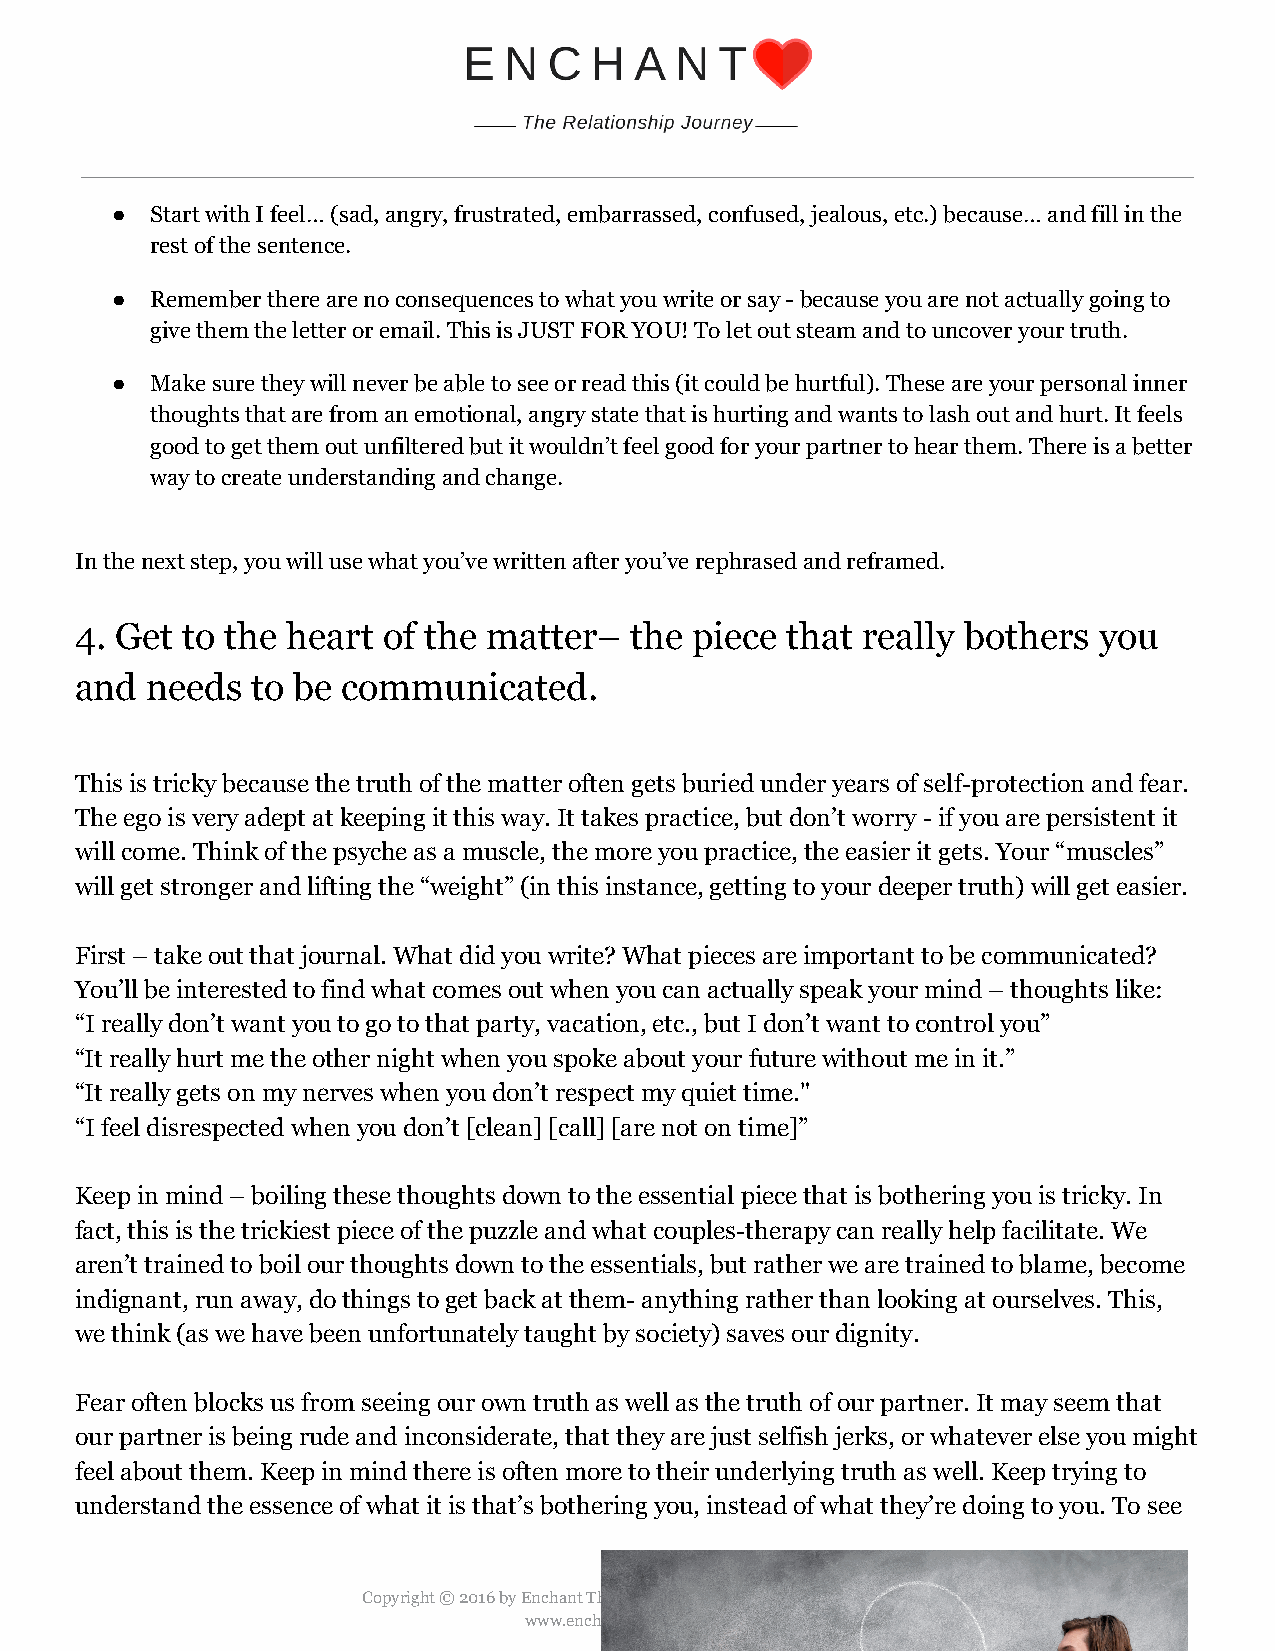
●  Start with I feel… (sad, angry, frustrated, embarrassed, confused, jealous, etc.) because… and fill in the
 rest of the sentence.
 ●  Remember there are no consequences to what you write or say - because you are not actually going to
 give them the letter or email. This is JUST FOR YOU! To let out steam and to uncover your truth.
 ●  Make sure they will never be able to see or read this (it could be hurtful). These are your personal inner
 thoughts that are from an emotional, angry state that is hurting and wants to lash out and hurt. It feels
 good to get them out unfiltered but it wouldn’t feel good for your partner to hear them. There is a better
 way to create understanding and change.
 In the next step, you will use what you’ve written after you’ve rephrased and reframed.
 4. Get to the heart of the matter–   the piece that really bothers  you
 and  needs  to be communicated.
 This is tricky because the truth of the matter often gets buried under years of self-protection and fear.
 The ego is very adept at keeping it this way. It takes practice, but don’t worry - if you are persistent it
 will come. Think of the psyche as a muscle, the more you practice, the easier it gets. Your “muscles”
 will get stronger and lifting the “weight” (in this instance, getting to your deeper truth) will get easier.
 First – take out that journal. What did you write? What pieces are important to be communicated?
 You’ll be interested to find what comes out when you can actually speak your mind – thoughts like:
 “I really don’t want you to go to that party, vacation, etc., but I don’t want to control you”
 “It really hurt me the other night when you spoke about your future without me in it.”
 “It really gets on my nerves when you don’t respect my quiet time."
 “I feel disrespected when you don’t [clean] [call] [are not on time]”
 Keep in mind – boiling these thoughts down to the essential piece that is bothering you is tricky. In
 fact, this is the trickiest piece of the puzzle and what couples-therapy can really help facilitate. We
 aren’t trained to boil our thoughts down to the essentials, but rather we are trained to blame, become
 indignant, run away, do things to get back at them- anything rather than looking at ourselves. This,
 we think (as we have been unfortunately taught by society) saves our dignity.
 Fear often blocks us from seeing our own truth as well as the truth of our partner. It may seem that
 our partner is being rude and inconsiderate, that they are just selfish jerks, or whatever else you might
 feel about them. Keep in mind there is often more to their underlying truth as well. Keep trying to
 understand the essence of what it is that’s bothering you, instead of what they’re doing to you. To see
 Copyright © 2016 by Enchant The Relationship Journey & Yaji Tramontini
 www.enchantyourlove.com